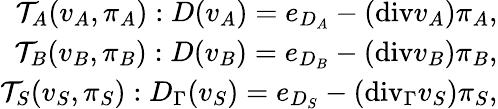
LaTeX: \begin{array}{r}{\mathcal{T}_{A}(v_{A},\pi_{A}):D(v_{A})=e_{D_{A}}-(\mathrm{{div}}v_{A})\pi_{A},}\\ {\mathcal{T}_{B}(v_{B},\pi_{B}):D(v_{B})=e_{D_{B}}-({\mathrm{div}}v_{B})\pi_{B},}\\ {\mathcal{T}_{S}(v_{S},\pi_{S}):D_{\Gamma}(v_{S})=e_{D_{S}}-(\mathrm{{div}}_{\Gamma}v_{S})\pi_{S},}\end{array}